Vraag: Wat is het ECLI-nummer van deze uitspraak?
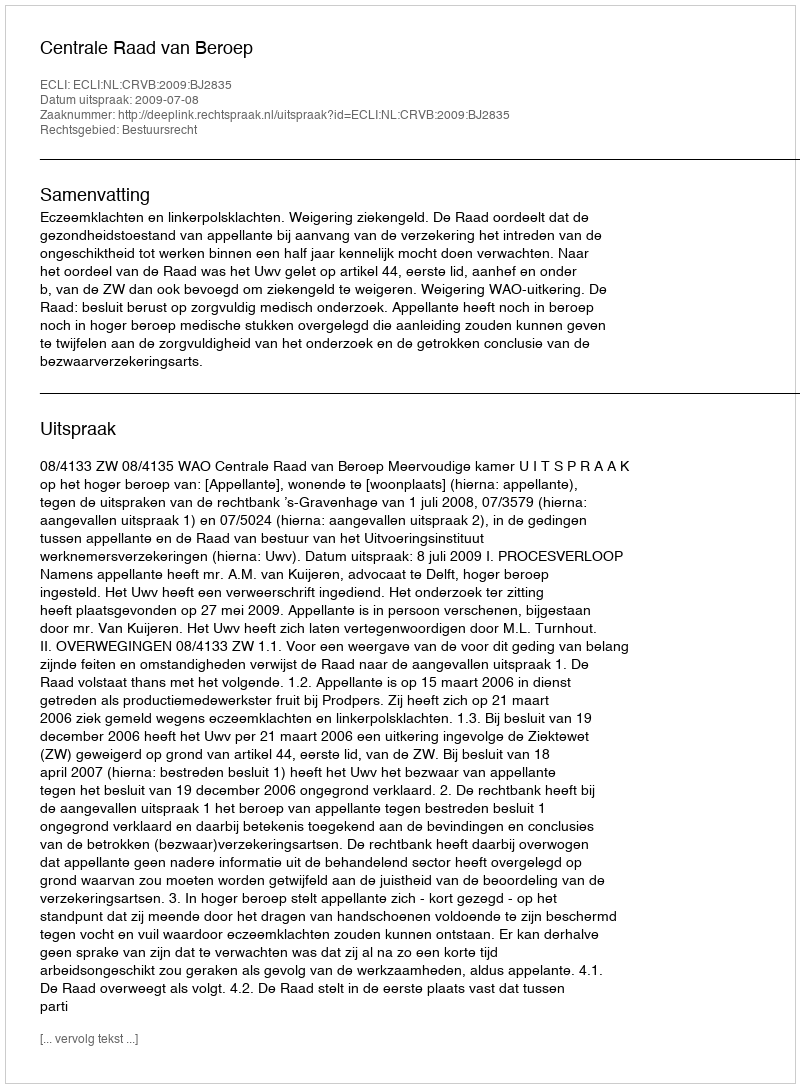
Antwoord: ECLI:NL:CRVB:2009:BJ2835